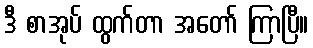
ဒီ စာအုပ် ထွက်တာ အတော် ကြာပြီ။